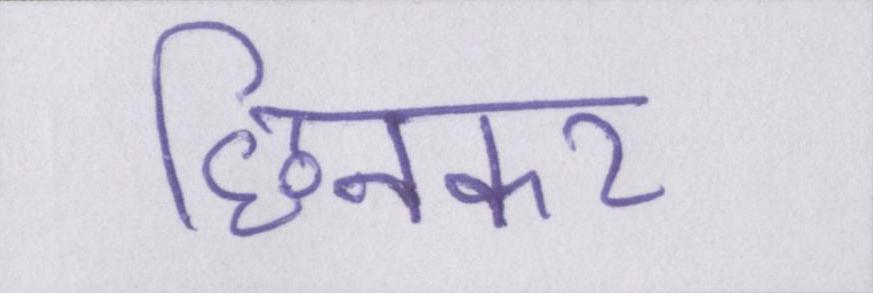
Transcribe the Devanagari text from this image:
छिनकर